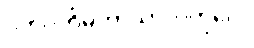
ဂဟပတိမဟာသာလကုလေ